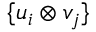
\{ u _ { i } \otimes v _ { j } \}